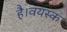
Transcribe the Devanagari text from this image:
है।वयस्क